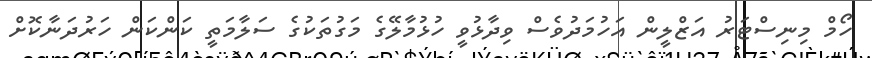
ހޯމް މިނިސްޓަރު އަޒްލީން އަހުމަދުވެސް ވިދާޅުވީ ހުޅުމާލޭގެ މަގުތަކުގެ ސަލާމަތީ ކަންކަން ހަރުދަނާކޮށް